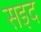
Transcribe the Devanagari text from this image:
सइद